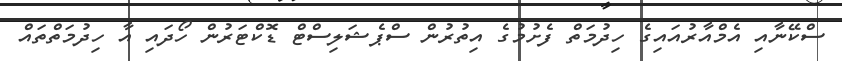
ސްކޭނާއި އެމްއާރުއައިގެ ހިދުމަތް ފެށުމުގެ އިތުރުން ސްޕެޝަލިސްޓް ޑޮކްޓަރުން ހޯދައި އާ ހިދުމަތްތައް